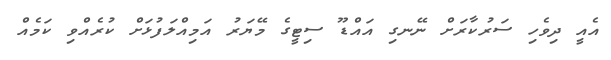
އެއީ ދިވެހި ސަރުކާރަށް ނޭނގި އައްޑޫ ސިޓީގެ މޭޔަރު އަމިއްލަފުޅަށް ކުރެއްވި ކަމެއް